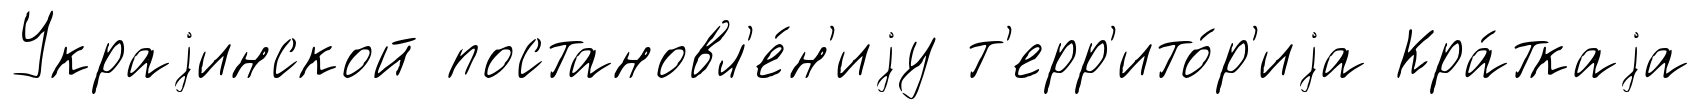
Украjинской постановл'е́н'иjу т'ерр'ито́р'иjа Кра́ткаjа